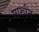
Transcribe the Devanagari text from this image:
मारूनि